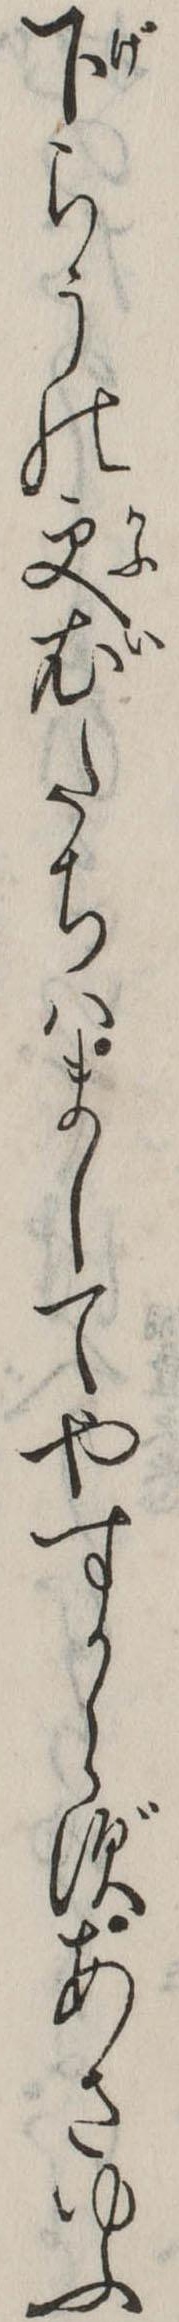
下らうの更衣たちはましてやすからずあさゆふ